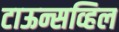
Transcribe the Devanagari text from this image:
टाऊन्सव्हिल